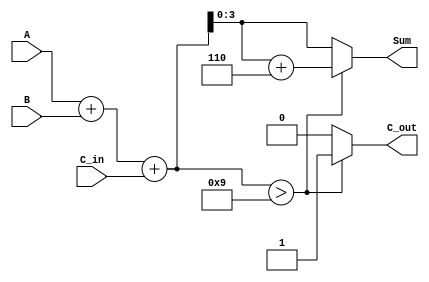
module BCD_Conditional_Adder (
    input  wire [3:0] A,      // First BCD digit (0-9)
    input  wire [3:0] B,      // Second BCD digit (0-9)
    input  wire C_in,         // Carry input
    output reg  [3:0] Sum,    // Resulting BCD digit
    output reg  C_out         // Carry output
);

    wire [4:0] S;             // 5-bit sum to accommodate carry
    wire [4:0] corrected_sum; // Corrected sum after BCD adjustment

    // Step 1: Perform binary addition
    assign S = A + B + C_in;

    // Step 2: Check if correction is needed
    always @(*) begin
        if (S > 9) begin
            // If S > 9, add 6 to correct the BCD
            Sum = S[3:0] + 4'b0110; // Add 6 (0110 in binary)
            C_out = 1;              // Set carry out
        end else begin
            // If S <= 9, no correction needed
            Sum = S[3:0];           // Assign lower 4 bits
            C_out = 0;              // No carry out
        end
    end

endmodule